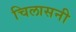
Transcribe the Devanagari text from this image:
चिलासनी